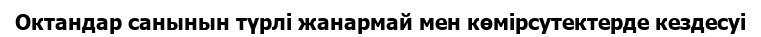
Октандар санынын түрлі жанармай мен көмірсутектерде кездесуі